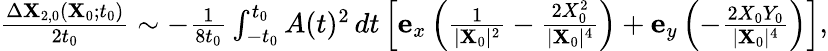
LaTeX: \begin{array}{r}{\frac{\Delta\mathbf{X}_{2,0}(\mathbf{X}_{0};t_{0})}{2t_{0}}\sim-\frac{1}{8t_{0}}\int_{-t_{0}}^{t_{0}}A(t)^{2}\, dt\left[\mathbf{e}_{x}\left(\frac{1}{\vert\mathbf{X}_{0}\vert^{2}}-\frac{2X_{0}^{2}}{\vert\mathbf{X}_{0}\vert^{4}}\right)+\mathbf{e}_{y}\left(-\frac{2X_{0}Y_{0}}{\vert\mathbf{X}_{0}\vert^{4}}\right)\right],}\end{array}